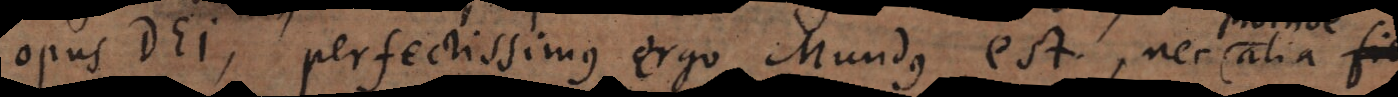
opus Dei, perfectissimus ergo Mundus est, nec proinde